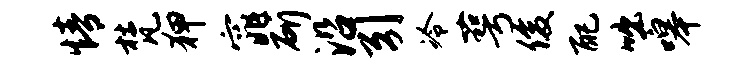
情梵狎窕斫沿引冷萼俊配咄嗥